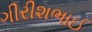
ગીરીશભાઈ